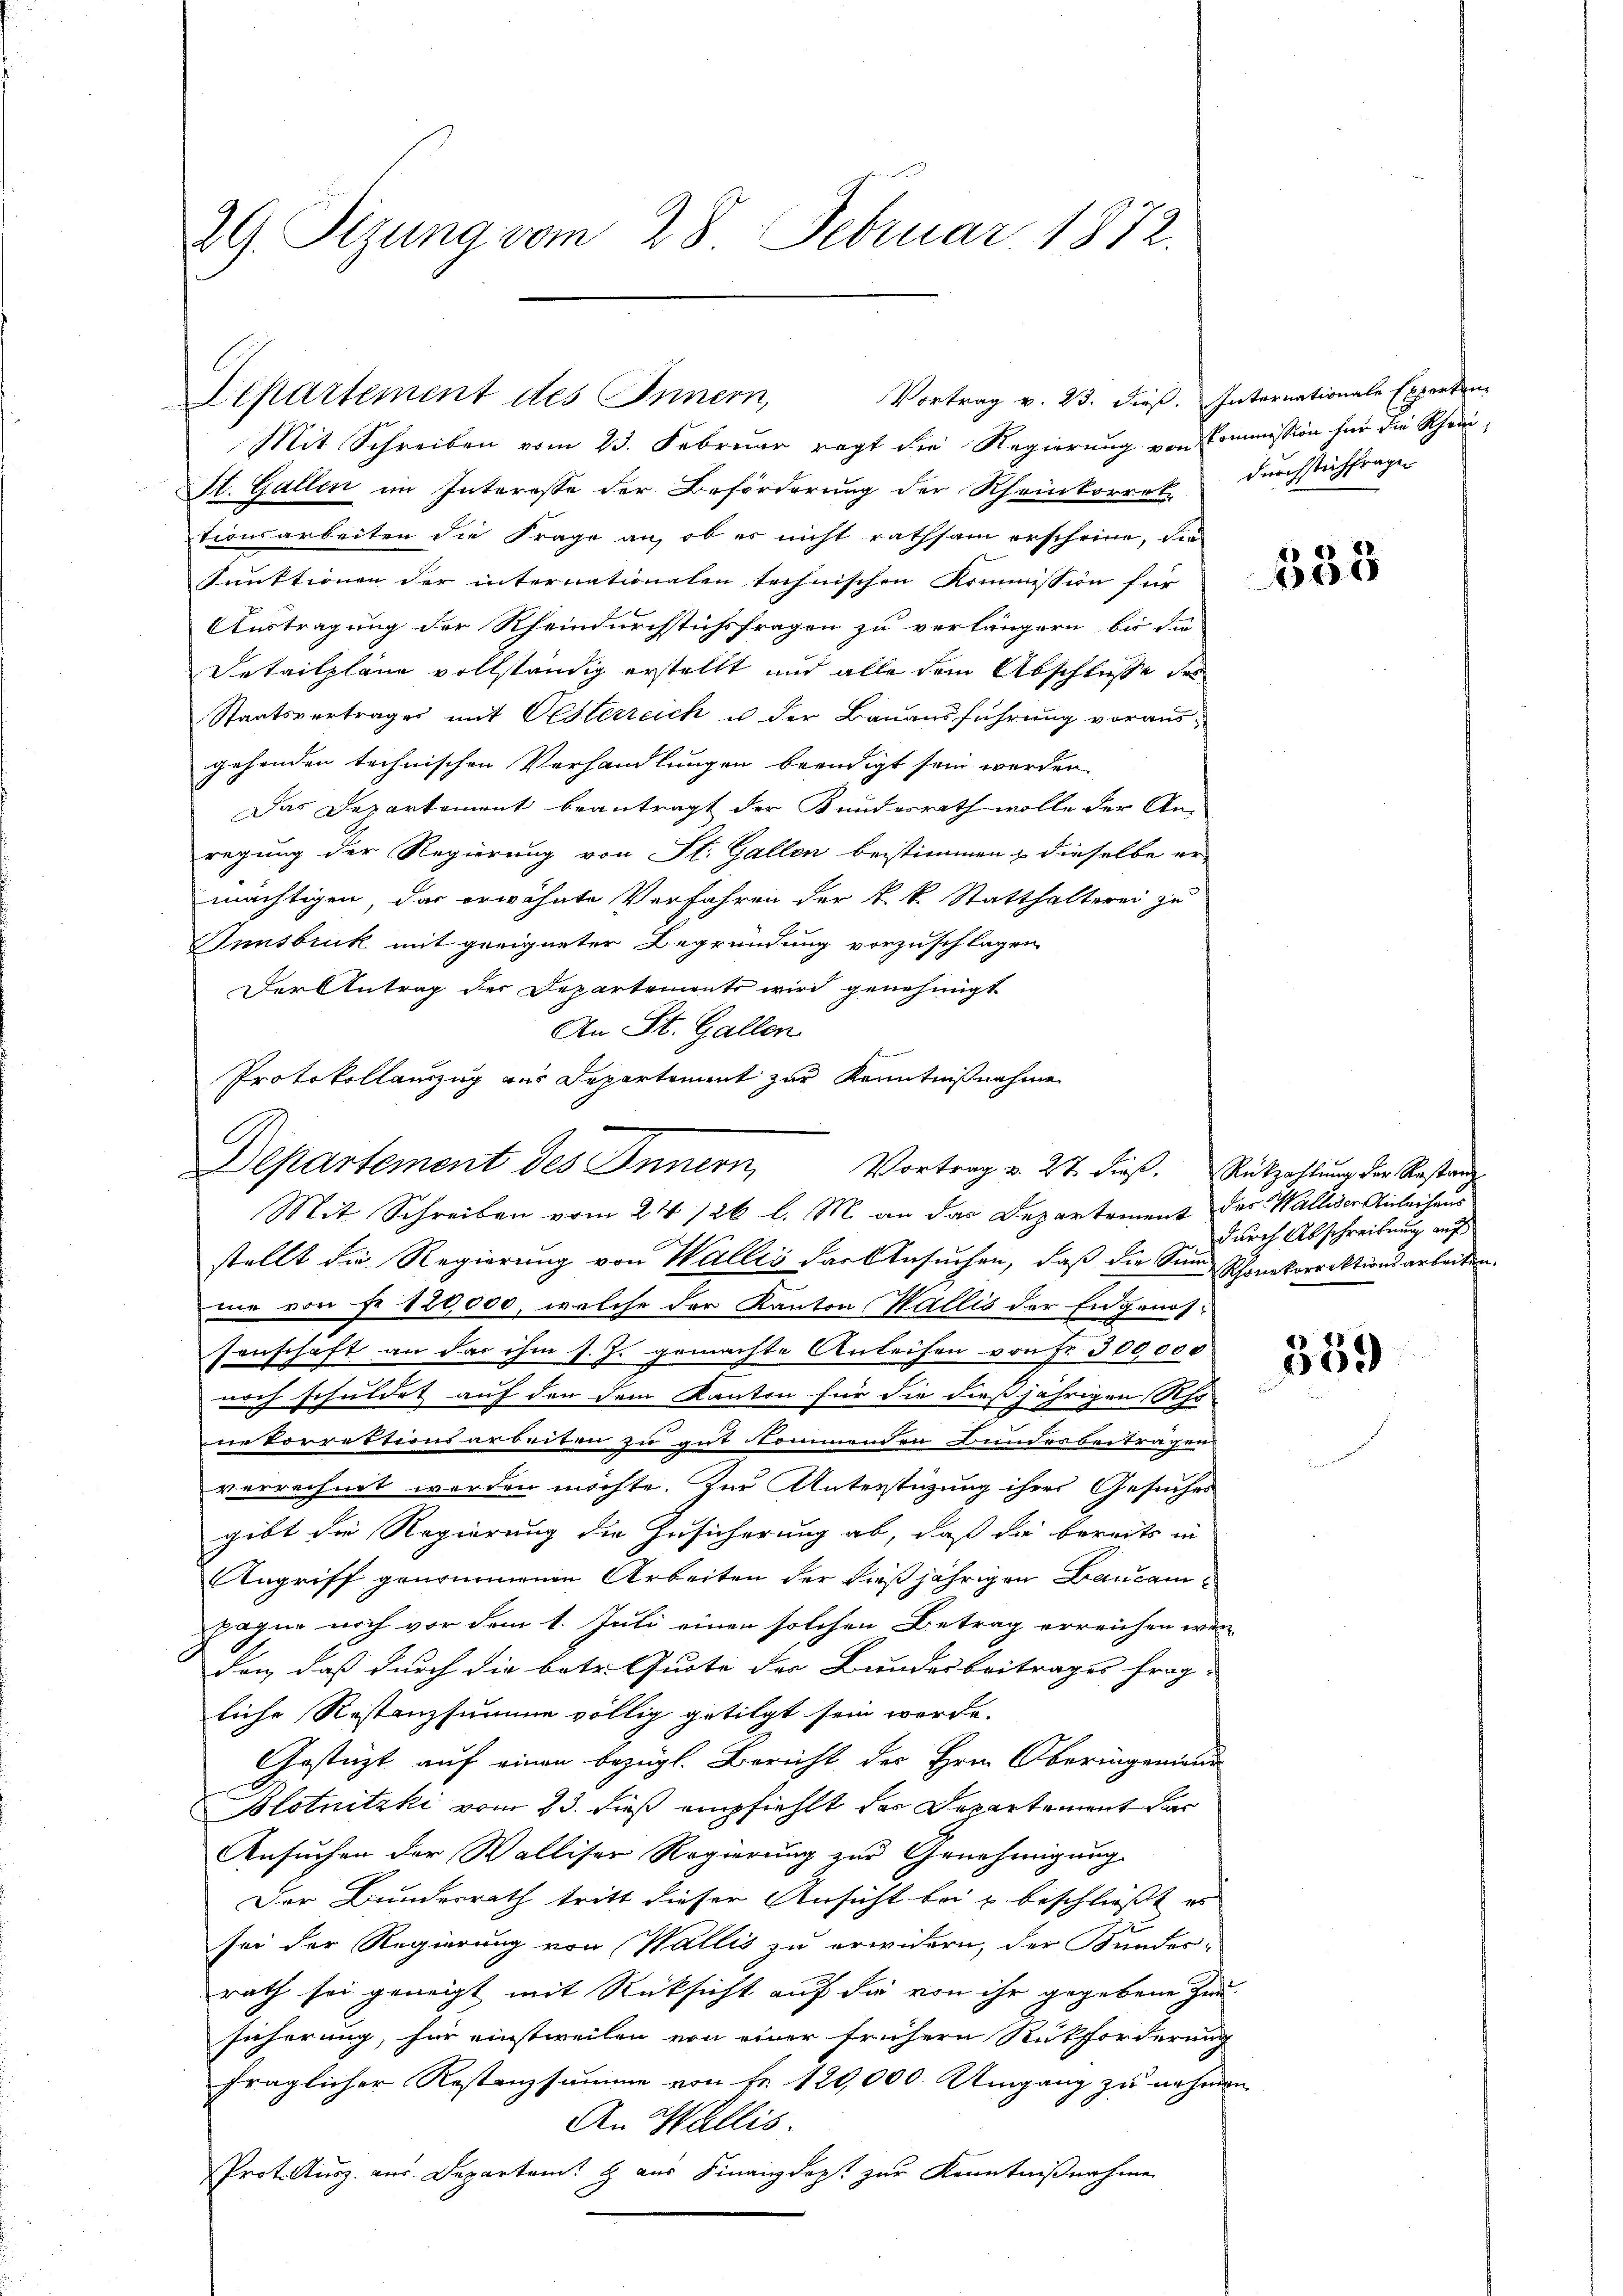
29. Sizung vom 28. Februar 1872.

Mit Schreiben vom 23. Februar regt die Regierung von Commission für die Rhein¬
St. Gallen im Interesse der Beförderung der Rheinkorrek-
tionsarbeiten die Frage an, ob es nicht rathsam erscheine, die
Punktionen der internationalen technischen Kommission für
Austragung der Rheindurchstichsfragen zu verlängern bei die
Detailpläne vollständig erstellt und alle dem Abschlusse des
Staatsvertrages mit Oesterreich u der Bauausführung vorausgehenden technischen Verhandlungen beendigt sein werden.
Das Departement beantragt der Bundesrath wolle der An-
regung der Regierung von St. Gallen bestimmen & dieselbe er-
mächtigen, das erwähnte Verfahren der k. k. Statthalterei zu
Innsbruck mit geeigneter Begründung vorzuschlagen
Der Antrag der Departemente wird genehmigt
An St. Gallen
Protokollauszug aus Departement zur Kenntnißnahme
C
Mit Schreiben vom 24. 126 l. M. an das Departement des Walliser Anleihens
stellt die Regierung von Wallis der Ansuchen, daß die Sinn Schenkorrektionsarbeiten.
me von Fr. 120,000, welche der Kanton Wallis der Engenossenschaft an das ihm s. Z. gemachte Anleihen von Fr. 300,000
noch schuldet auf den dem Kanton für die dießjährigen Schöne Porrektionsarbeiten zu gut kommenden Bundesbeiträgen
verrechnet worden möchte. Zur Unterstützung ihres Gesuches
gibt die Regierung die Zusicherung ab, daß die bereits in
Angriff genommenen Arbeiten der dießjährigen Lausampagua noch vor dem 1. Juli einen solchen Betrag erreichen wär
den, daß durch die betr. Quote der Bundesbeitrages frag-
liche Restanzsumme völlig getilgt sein werde.
Gestützt auf einen bezügl. Bericht der Hrn. Oberingenaus
Blotnitzki vom 23. dieß empfiehlt des Departement dar
Ansuchen der Walliser Regierung zur Genehmigung
Der Bundesrath tritt dieser Ansicht bei u beschliesst es
sei der Regierung von Wallis zu erwidern, der Bundes-
rath sei geneigt mit Rücksicht auf die von ihr gegebene Zunsicherung, für einstweilen von einer frühern Rückforderung
fraglicher Restanzsumme von Fr. 120,000. Umgang zu nehmen
An Wallis.
Prot. Ausz. aus Departem Haus Finanzdep. zur Kenntnißnahme

Departement des Innern,

Departement des Innern Vortrag v. 27. dieβ. Rückzahlŭng der Restanz

Vortrag v. 23. Dieß. Internationale Experten-

durchstichfragen

335

durch Abschreibung auf

359